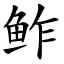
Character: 鲊